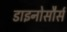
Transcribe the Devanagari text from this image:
डाइनोसौर्स